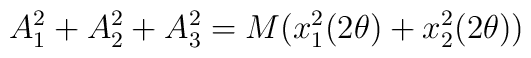
A_1^2+A_2^2+A_3^2= M(x_1^2(2{\theta}) +x_2^2(2{\theta}))